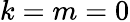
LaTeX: k=m=0